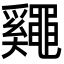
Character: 𪓷